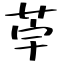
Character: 荢